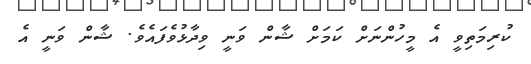
ކުރިމަތިވީ އެ މީހުންނަށް ކަމަށް ޝާން ވަނީ ވިދާޅުވެފައެވެ. ޝާން ވަނީ އެ